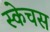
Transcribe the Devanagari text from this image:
स्केचस